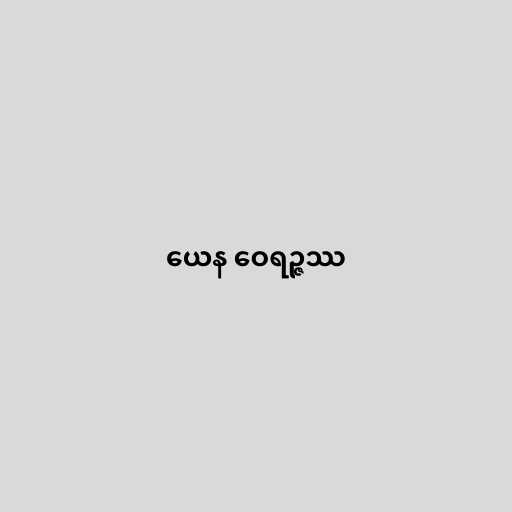
ယေန ဝေရဉ္ဇဿ